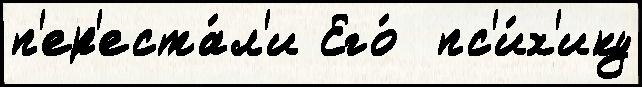
п'ер'еста́л'и Его́  пс'и́х'ику